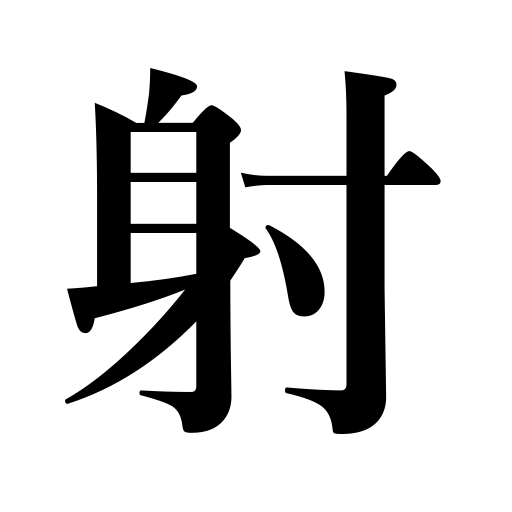
Meanings: archery,shooting,shoot